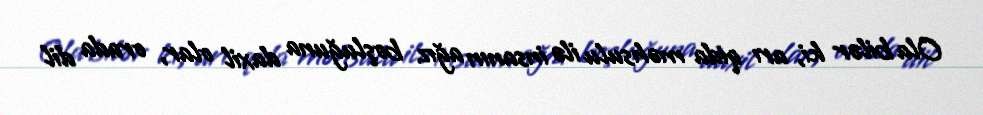
Ola bilər ki, arı qida məhsulu ilə insanın ağız boşluğuna daxil olar, orada dil